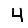
Digit: 4